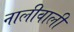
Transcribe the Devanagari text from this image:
नालीवाली